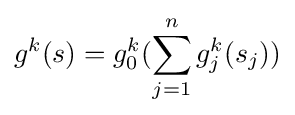
g^{k}(s)=g_{0}^{k}(\sum _{j=1}^{n}g_{j}^{k}(s_{j}))